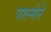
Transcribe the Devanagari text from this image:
पाल्मेने